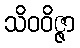
သိဝဝိဇ္ဇာ